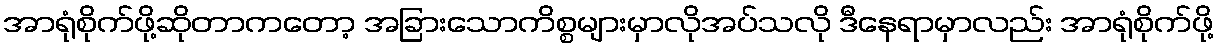
အာရုံစိုက်ဖို့ဆိုတာကတော့ အခြားသောကိစ္စများမှာလိုအပ်သလို ဒီနေရာမှာလည်း အာရုံစိုက်ဖို့